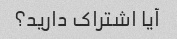
آیا اشتراک دارید؟